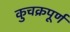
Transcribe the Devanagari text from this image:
कुचक्रपूर्ण